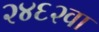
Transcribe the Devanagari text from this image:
२४६२वा